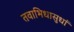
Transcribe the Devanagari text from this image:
तवाभिधासुधां